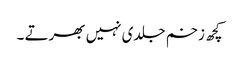
کچھ زخم جلدی نہیں بھرتے ۔